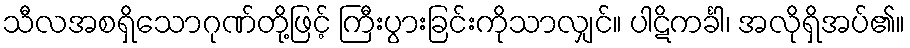
သီလအစရှိသောဂုဏ်တို့ဖြင့် ကြီးပွားခြင်းကိုသာလျှင်။ ပါဋိကင်္ခါ၊ အလိုရှိအပ်၏။